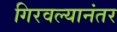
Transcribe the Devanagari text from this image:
गिरवल्यानंतर